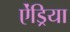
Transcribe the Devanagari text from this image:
ऐंड्रिया